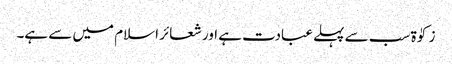
زکوٰۃ سب سے پہلے عبادت ہے اور شعائر اسلام میں سے ہے۔